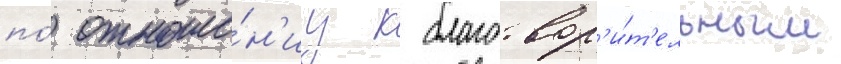
по́ отноше́н'иу к благотвор'и́т'ельным